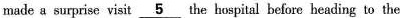
made a surprise visit\underline{ 5 }the hospital before heading to the